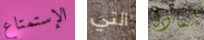
الإستمتاع التي لماذا